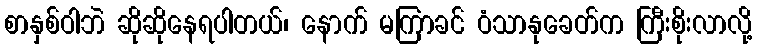
စာနှစ်ဝါဘဲ ဆိုဆိုနေရပါတယ်၊ နောက် မကြာခင် ဝံသာနုခေတ်က ကြီးစိုးလာလို့